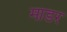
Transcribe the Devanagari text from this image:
माडर